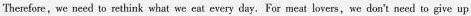
Therefore, we need to rethink what we eat every day.For meat lovers,we don't need to give up